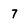
Character: 7